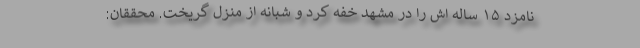
نامزد ۱۵ ساله اش را در مشهد خفه کرد و شبانه از منزل گریخت. محققان: